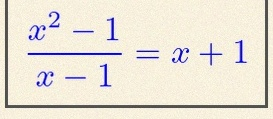
\frac{x^2-1}{x-1}=x+1